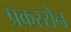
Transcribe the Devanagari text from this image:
प्रकरसेन